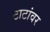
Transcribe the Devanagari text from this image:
टाटांवर